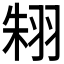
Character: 𦐨